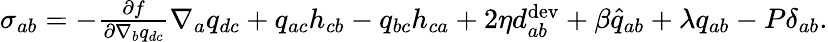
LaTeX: \begin{array}{r}{{\sigma}_{ab}=-\frac{\partial f}{\partial\nabla_{b}q_{dc}}\nabla_{a}q_{dc}+q_{ac}h_{cb}-q_{bc}h_{ca}+2\eta{d}_{ab}^{\mathrm{dev}}+\beta\widehat{{q}}_{ab}+\lambda{q}_{ab}-P\delta_{ab}.}\end{array}